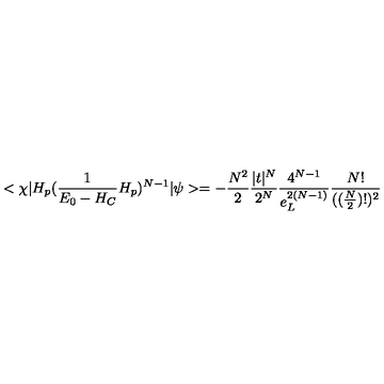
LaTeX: < \chi | H _ { p } ( \frac { 1 } { E _ { 0 } - H _ { C } } H _ { p } ) ^ { N - 1 } | \psi > = - \frac { N ^ { 2 } } { 2 } \frac { | t | ^ { N } } { 2 ^ { N } } \frac { 4 ^ { N - 1 } } { e _ { L } ^ { 2 ( N - 1 ) } } \frac { N ! } { ( ( \frac { N } { 2 } ) ! ) ^ { 2 } }